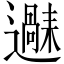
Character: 𬩧